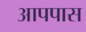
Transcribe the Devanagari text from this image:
आपपास